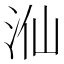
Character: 𣳈